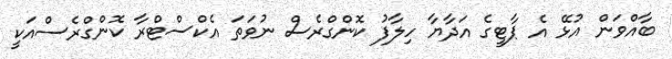
ބާއްވަން އުޅޭ އެ ޕާޓީގެ އަދާޔާ ހިލާފު ކޮންގްރެސް ނުވަތަ އެކްސްޓްރާ ކޮންގްރެސްއަކީ